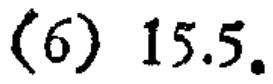
(6) \(15.5\)